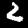
Label: 2